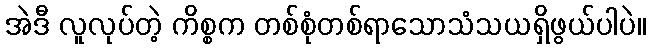
အဲဒီ လူလုပ်တဲ့ ကိစ္စက တစ်စုံတစ်ရာသောသံသယရှိဖွယ်ပါပဲ။